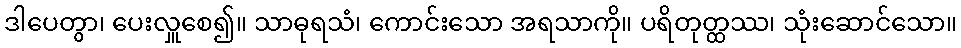
ဒါပေတွာ၊ ပေးလှူစေ၍။ သာဓုရသံ၊ ကောင်းသော အရသာကို။ ပရိတုတ္ထဿ၊ သုံးဆောင်သော။